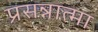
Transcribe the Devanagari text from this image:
प्रसन्नात्मा